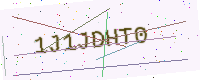
Text: 1J1JDHT0